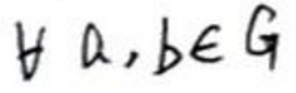
$\forall a,b\in G$